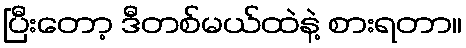
ပြီးတော့ ဒီတစ်မယ်ထဲနဲ့ စားရတာ။